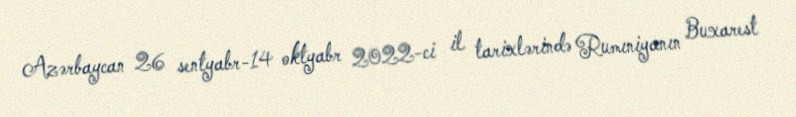
Azərbaycan 26 sentyabr-14 oktyabr 2022-ci il tarixlərində Rumıniyanın Buxarest